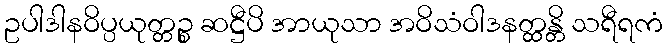
ဥပါဒါနဝိပ္ပယုတ္တဉ္စ ဆဋ္ဌီပိ အာယုသာ အဝိသံဝါဒနတ္ထန္တိ သရီရကံ